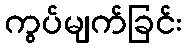
ကွပ်မျက်ခြင်း